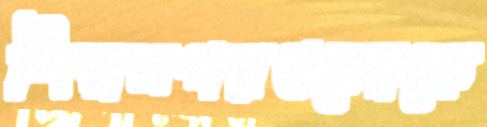
শিল্পনগরগুলোকে